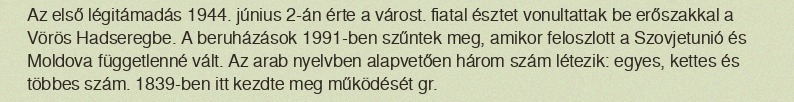
Az első légitámadás 1944. június 2-án érte a várost. fiatal észtet vonultattak be erőszakkal a Vörös Hadseregbe. A beruházások 1991-ben szűntek meg, amikor feloszlott a Szovjetunió és Moldova függetlenné vált. Az arab nyelvben alapvetően három szám létezik: egyes, kettes és többes szám. 1839-ben itt kezdte meg működését gr.